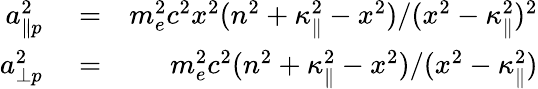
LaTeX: \begin{array}{rlr}{a_{\| p}^{2}}&{{}=}&{m_{e}^{2}c^{2}x^{2}(n^{2}+\kappa_{\| }^{2}-x^{2})/(x^{2}-\kappa_{\| }^{2})^{2}}\\ {a_{\perp p}^{2}}&{{}=}&{m_{e}^{2}c^{2}(n^{2}+\kappa_{\| }^{2}-x^{2})/(x^{2}-\kappa_{\| }^{2})}\end{array}